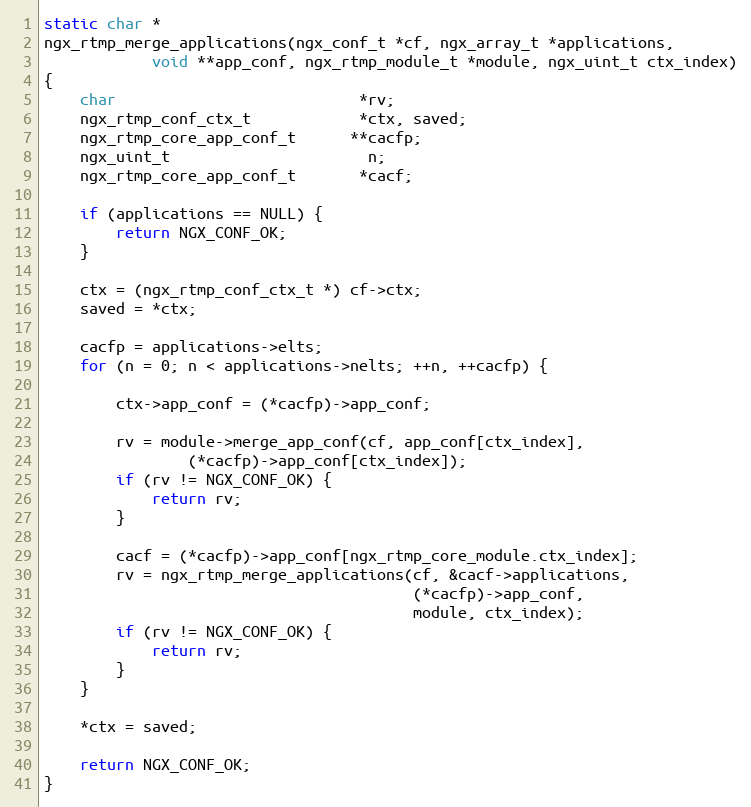
Language: C
static char *
ngx_rtmp_merge_applications(ngx_conf_t *cf, ngx_array_t *applications,
            void **app_conf, ngx_rtmp_module_t *module, ngx_uint_t ctx_index)
{
    char                           *rv;
    ngx_rtmp_conf_ctx_t            *ctx, saved;
    ngx_rtmp_core_app_conf_t      **cacfp;
    ngx_uint_t                      n;
    ngx_rtmp_core_app_conf_t       *cacf;

    if (applications == NULL) {
        return NGX_CONF_OK;
    }

    ctx = (ngx_rtmp_conf_ctx_t *) cf->ctx;
    saved = *ctx;

    cacfp = applications->elts;
    for (n = 0; n < applications->nelts; ++n, ++cacfp) {

        ctx->app_conf = (*cacfp)->app_conf;

        rv = module->merge_app_conf(cf, app_conf[ctx_index],
                (*cacfp)->app_conf[ctx_index]);
        if (rv != NGX_CONF_OK) {
            return rv;
        }

        cacf = (*cacfp)->app_conf[ngx_rtmp_core_module.ctx_index];
        rv = ngx_rtmp_merge_applications(cf, &cacf->applications,
                                         (*cacfp)->app_conf,
                                         module, ctx_index);
        if (rv != NGX_CONF_OK) {
            return rv;
        }
    }

    *ctx = saved;

    return NGX_CONF_OK;
}